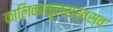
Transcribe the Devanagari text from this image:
कालिकाकुलसर्वस्व